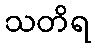
သတိရ